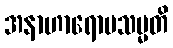
အနာဟာရောပသမ္မတိ